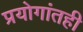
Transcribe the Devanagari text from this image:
प्रयोगांतही